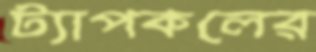
ট্যাপকলের